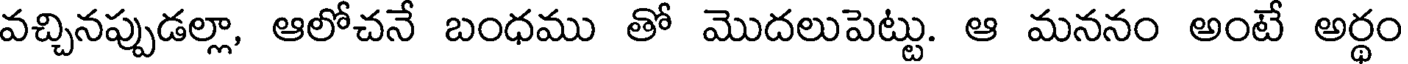
వచ్చినప్పుడల్లా, ఆలోచనే బంధము తో మొదలుపెట్టు. ఆ మననం అంటే అర్థం